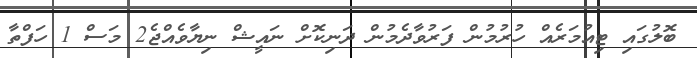
ބޮލުގައި ޓިއުމަރެއް ހުރުމުން ފަރުވާދެމުން ދަނިކޮށް ނައީޝް ނިޔާވެއްޖެ2 މަސް 1 ހަފްތާ